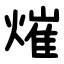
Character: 熣